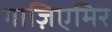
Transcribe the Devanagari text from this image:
गाज़िएमिर